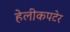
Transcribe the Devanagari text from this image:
हेलीकपटेर